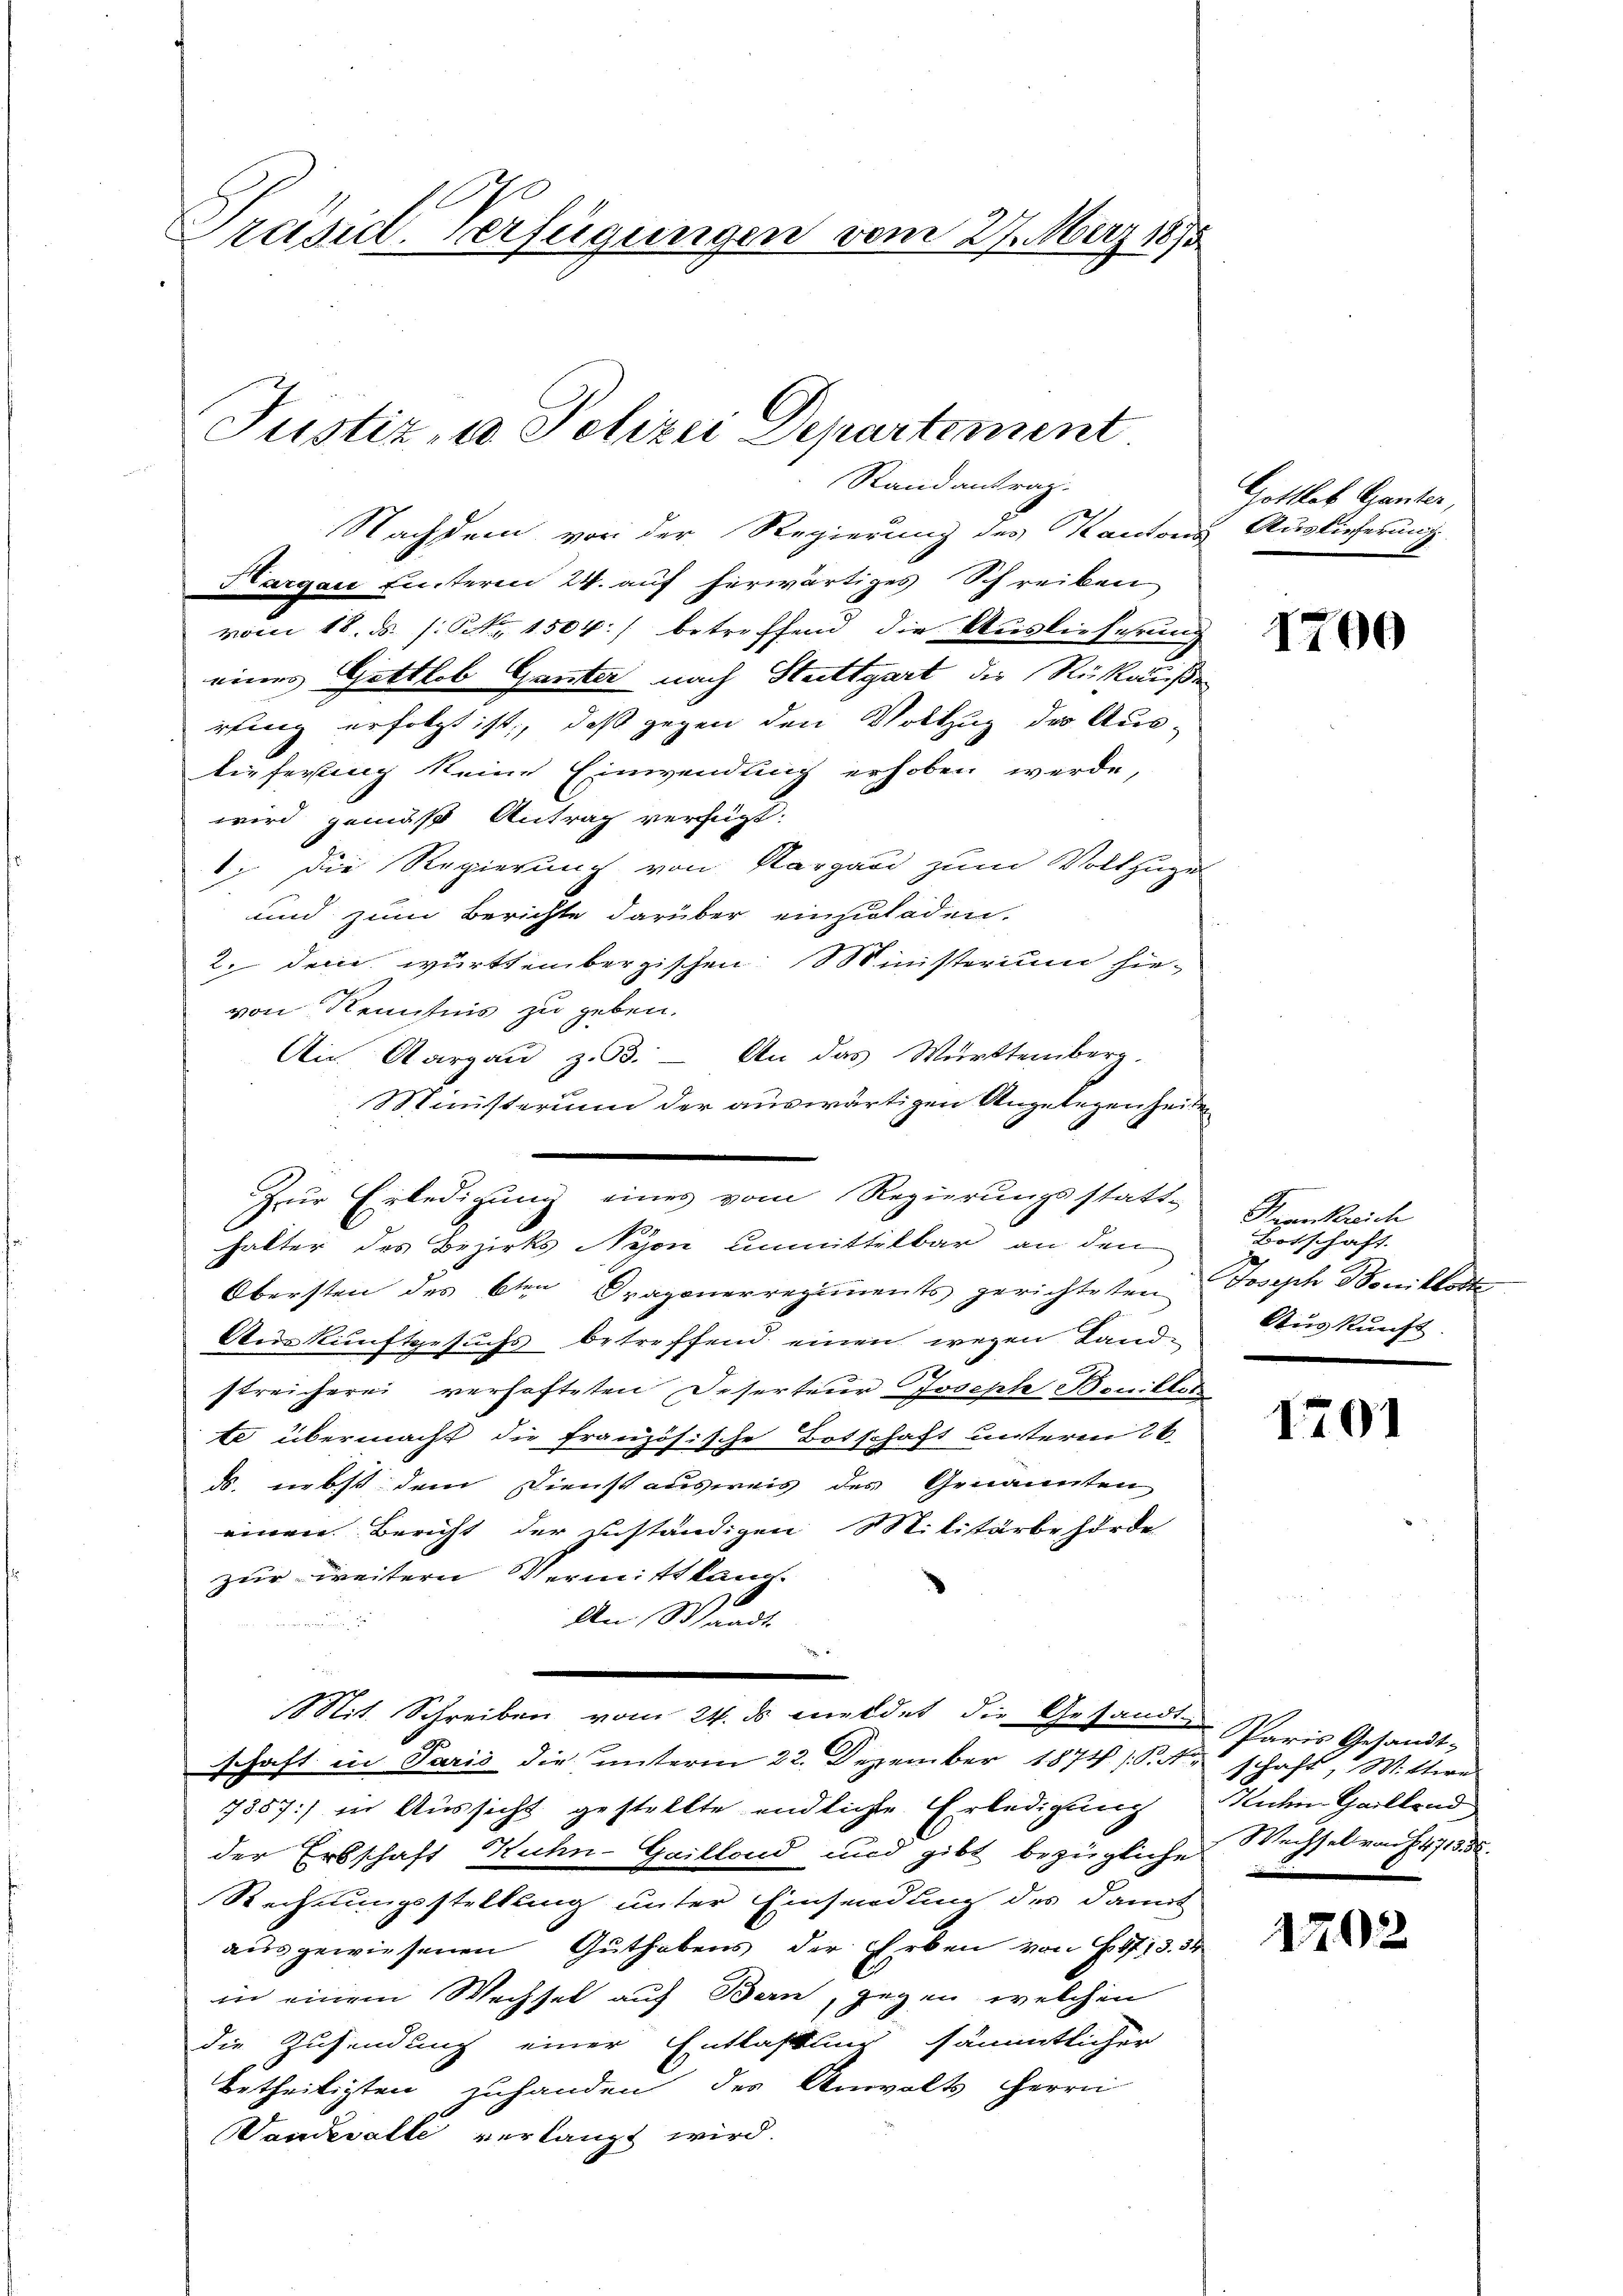
1
Präsid. Verfügungen vom 27. März 1875

Justiz, u. Polizei Departement

Randantrag.
Nachdem von der Regierung des Kantons Auslieferung
Hargau Eiteren 24. auf herwärtiges Schreiben
vom 18. ds. s. S. 1504. betreffend die Auslieferung
eines Gottlob Ganter nach Stuttgart die Rükäuße
rfung erfolgt ist, daß gegen den Vollzug des Aus-
lieferting keine Einwendung erhoben werde,
wird gemäß Antrag verfügt:
1) Die Regierung von Nargau zum Vollzuge
und zum Berichte darüber einzuladen.
2. den württembergischen Ministerium hievon Kenntnis zu geben.
Obersten des 6ten Dragonerregiments gerichteten Joseph Somittat
Auskunftgesuchs betreffend einen wegen Landstreicherei verhafteten Deserteur Joseph Bonilles
te übermacht die französische Botschaft unteren 26.
ds. nebst dem Dienst ausweis des Genannten
einen Bericht der zuständigen Militärbehörde
zur weitern Vermittlang
An Waadt
.
Mit Schreiben vom 24. ds meldet die Gesandt Paris Gesandtschaft in Paris die unterm 22. Dezember 1874 (S. schaft, Wittwe
7857) in Aussicht gestellte endliche Erledigung
der Erbschaft Kuhn-Gaillond und gibt bezügliche Wechsel von 1471358.
Rechnungsstellung unter Einsendung des damit
ausgewiesenen Guthabens der Erben von 13. 34
in einem Wechsel auf Bern, gegen welchen
die Zusendung einer Entlaßung sämmtlicher
betheiligten zuhanden der Anwalts Herrn
Vandesalte verlangt wird.

An Aargau z.3. - An das Württemberg.
Ministerium der auswärtigen Angelegenheite
.
Zur Erledigung eines vom Regierungsstatt-
halter des Bezirks Nyon unmittelbar an den

Gottlob Ganter,

1700

ernkreich
Botschaft
Auskunft.

1401

Kuhen Gaillend
n

1202